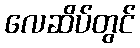
လေဆိပ်တွင်